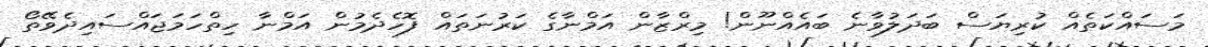
މަސައްކަތެއް ކުރިޔަސް ބަދަލުވާނެ ބައެއްނޫން! މިރްޒާން އަމްނާގެ ކަރުނަތައް ފޮހެދެމުން އަމްނާ ހިތްހަމަޖައްސައިދެވޭތޯ